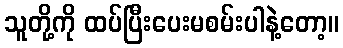
သူတို့ကို ထပ်ပြီးပေးမစမ်းပါနဲ့တော့။